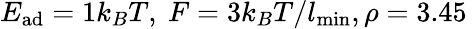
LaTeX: E_{\mathrm{ad}}=1k_{B}T,~F=3k_{B}T/l_{\mathrm{min}},\rho=3.45\